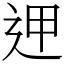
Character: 𨒇